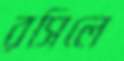
রসিলে